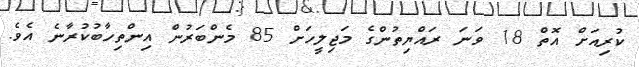
ކުރިއަށް އޮތް 18 ވަނަ ރައްޔިތުންގެ މަޖިލީހަށް 85 މެންބަރުން އިންތިހާބުކުރާނެ އެވެ.